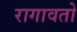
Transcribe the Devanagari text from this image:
रागावतो